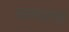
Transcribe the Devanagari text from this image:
जलचरांचा